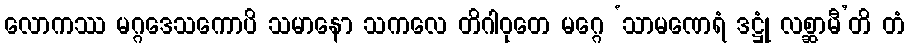
လောကဿ မဂ္ဂဒေသကောပိ သမာနော သကလေ တိဂါဝုတေ မဂ္ဂေ ‘သာမဏေရံ ဒဋ္ဌုံ လစ္ဆာမီ’တိ တံ